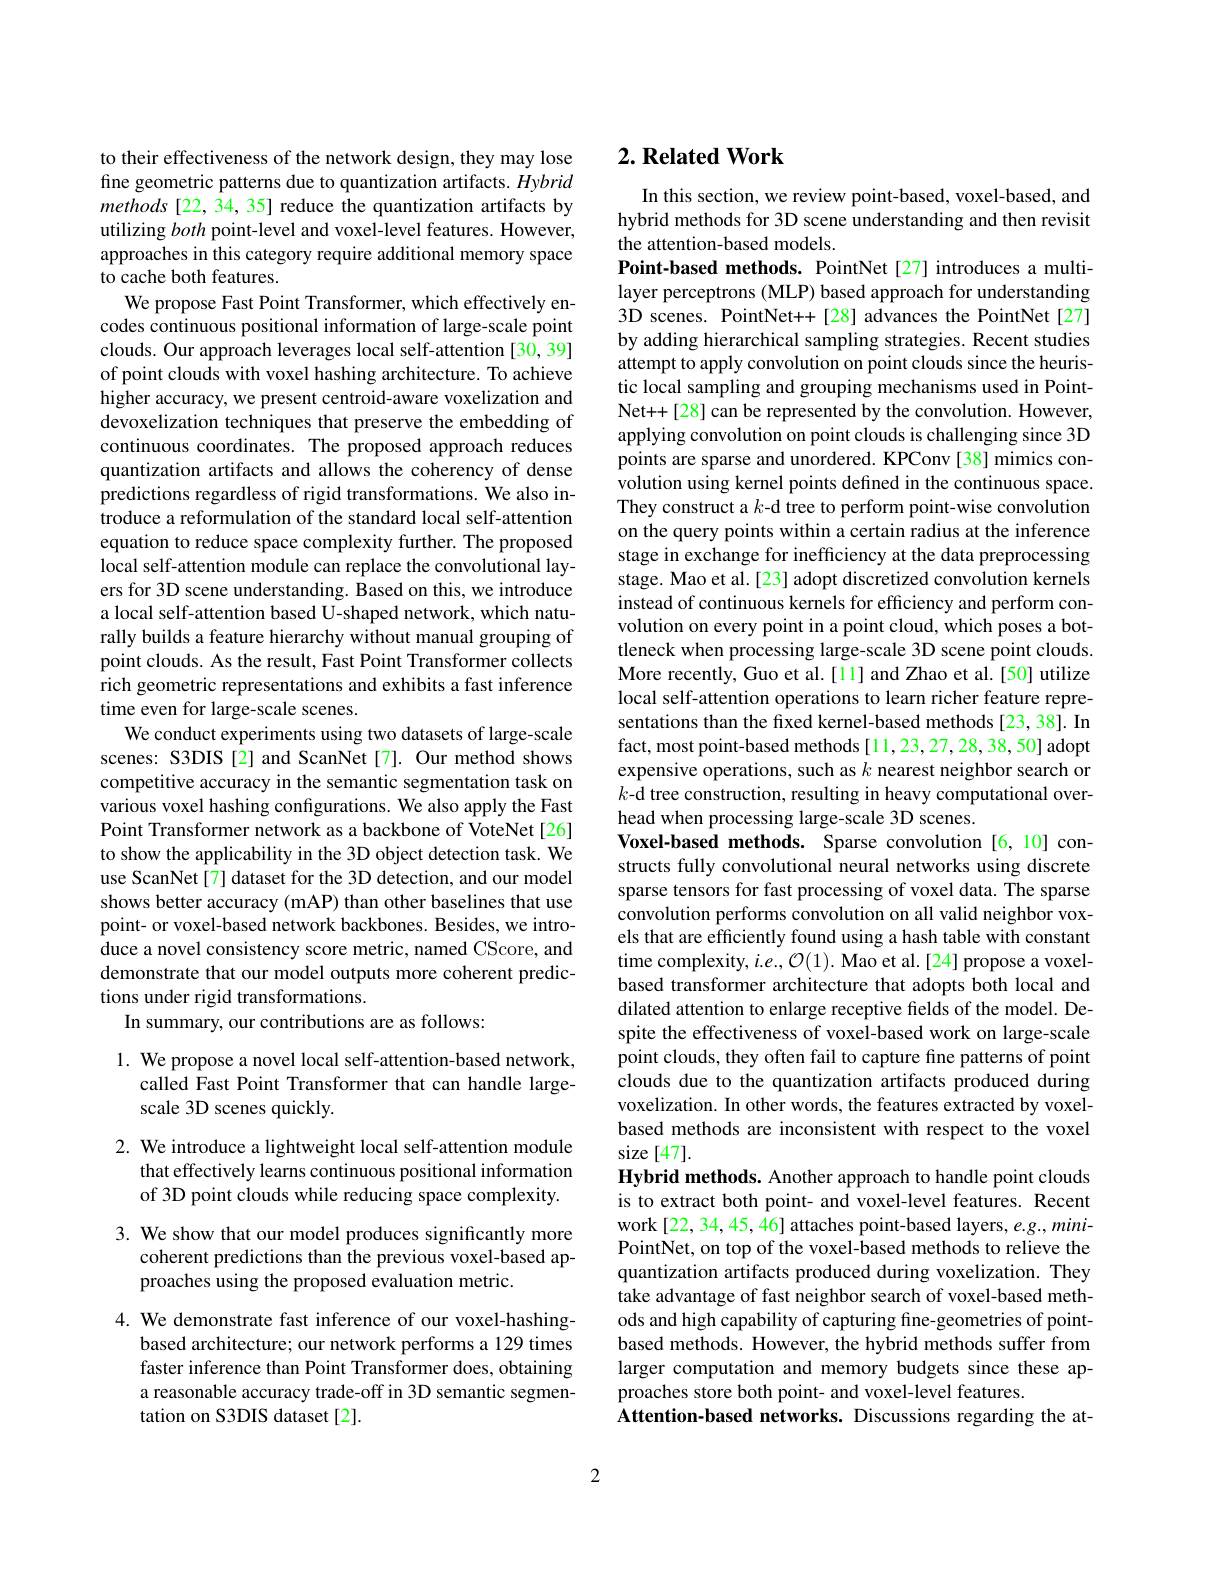
to their effectiveness of the network design, they may lose fine geometric patterns due to quantization artifacts. Hybrid methods [22, 34, 35] reduce the quantization artifacts by utilizing both point-level and voxel-level features. However, approaches in this category require additional memory space to cache both features.
We propose Fast Point Transformer, which effectively encodes continuous positional information of large-scale point clouds. Our approach leverages local self-attention [30, 39] of point clouds with voxel hashing architecture. To achieve higher accuracy, we present centroid-aware voxelization and devoxelization techniques that preserve the embedding of continuous coordinates. The proposed approach reduces quantization artifacts and allows the coherency of dense predictions regardless of rigid transformations. We also introduce a reformulation of the standard local self-attention equation to reduce space complexity further. The proposed local self-attention module can replace the convolutional layers for 3D scene understanding. Based on this, we introduce a local self-attention based U-shaped network, which naturally builds a feature hierarchy without manual grouping of point clouds. As the result, Fast Point Transformer collects rich geometric representations and exhibits a fast inference time even for large-scale scenes.
We conduct experiments using two datasets of large-scale scenes: S3DIS[2] and ScanNet[7]. Our method shows competitive accuracy in the semantic segmentation task on various voxel hashing configurations. We also apply the Fast Point Transformer network as a backbone of VoteNet[26] to show the applicability in the 3D object detection task. We use ScanNet[7] dataset for the 3D detection, and our model shows better accuracy (mAP) than other baselines that use point- or voxel-based network backbones. Besides, we introduce a novel consistency score metric, named CScore, and demonstrate that our model outputs more coherent predictions under rigid transformations.
In summary, our contributions are as follows:

## 1. We propose a novel local self-attention-based network, called Fast Point Transformer that can handle largescale 3D scenes quickly.

## 2. We introduce a lightweight local self-attention module that effectively learns continuous positional information of 3D point clouds while reducing space complexity.

3. We show that our model produces significantly more
coherent predictions than the previous voxel-based ap-
proaches using the proposed evaluation metric.

4. We demonstrate fast inference of our voxel-hashing-
based architecture; our network performs a 129 times faster inference than Point Transformer does, obtaining a reasonable accuracy trade-off in 3D semantic segmentation on S3DIS dataset[2].

## $2. \textbf{Related Work}$

In this section, we review point-based, voxel-based, and hybrid methods for 3D scene understanding and then revisit the attention-based models.
Point-based methods. PointNet[27] introduces a multilayer perceptrons (MLP) based approach for understanding 3D scenes. PointNet++[28] advances the PointNet[27] by adding hierarchical sampling strategies. Recent studies attempt to apply convolution on point clouds since the heuristic local sampling and grouping mechanisms used in PointNet++[28] can be represented by the convolution. However, applying convolution on point clouds is challenging since 3D points are sparse and unordered. KPConv [38] mimics convolution using kernel points defined in the continuous space. They construct a $k$-d tree to perform point-wise convolution on the query points within a certain radius at the inference stage in exchange for inefficiency at the data preprocessing stage. Mao et al.[23] adopt discretized convolution kernels instead of continuous kernels for efficiency and perform convolution on every point in a point cloud, which poses a bottleneck when processing large-scale 3D scene point clouds. More recently, Guo et al.[11] and Zhao et al.[50] utilize local self-attention operations to learn richer feature representations than the fixed kernel-based methods [23,38]. In fact, most point-based methods[11,23,27,28,38,50] adopt expensive operations, such as $k$ nearest neighbor search or $k$-d tree construction, resulting in heavy computational overhead when processing large-scale 3D scenes.
Voxel-based methods. Sparse convolution [6,10] constructs fully convolutional neural networks using discrete sparse tensors for fast processing of voxel data. The sparse convolution performs convolution on all valid neighbor voxels that are efficiently found using a hash table with constant time complexity, $i.e.,\mathcal{O}(1).$ Mao et al.[24] propose a voxelbased transformer architecture that adopts both local and dilated attention to enlarge receptive fields of the model. Despite the effectiveness of voxel-based work on large-scale point clouds, they often fail to capture fine patterns of point clouds due to the quantization artifacts produced during voxelization. In other words, the features extracted by voxelbased methods are inconsistent with respect to the voxel size [47].
Hybrid methods. Another approach to handle point clouds is to extract both point- and voxel-level features. Recent work[22,34,45,46] attaches point-based layers, e.g., miniPointNet, on top of the voxel-based methods to relieve the quantization artifacts produced during voxelization. They take advantage of fast neighbor search of voxel-based methods and high capability of capturing fine-geometries of pointbased methods. However, the hybrid methods suffer from larger computation and memory budgets since these approaches store both point- and voxel-level features.
Attention-based networks. Discussions regarding the at-

2